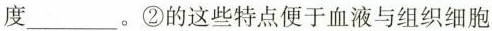
度___。②的这些特点便于血液与组织细胞